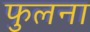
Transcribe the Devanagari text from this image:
फुलना